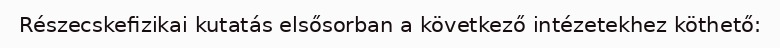
Részecskefizikai kutatás elsősorban a következő intézetekhez köthető: